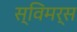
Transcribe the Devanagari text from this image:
स्विमर्स